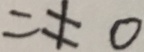
= \neq 0